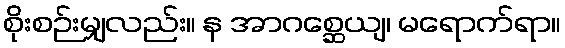
စိုးစဉ်းမျှလည်း။ န အာဂစ္ဆေယျ၊ မရောက်ရာ။